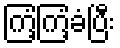
ကြံ့ကြံ့ခံပြီး